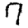
Digit: 7